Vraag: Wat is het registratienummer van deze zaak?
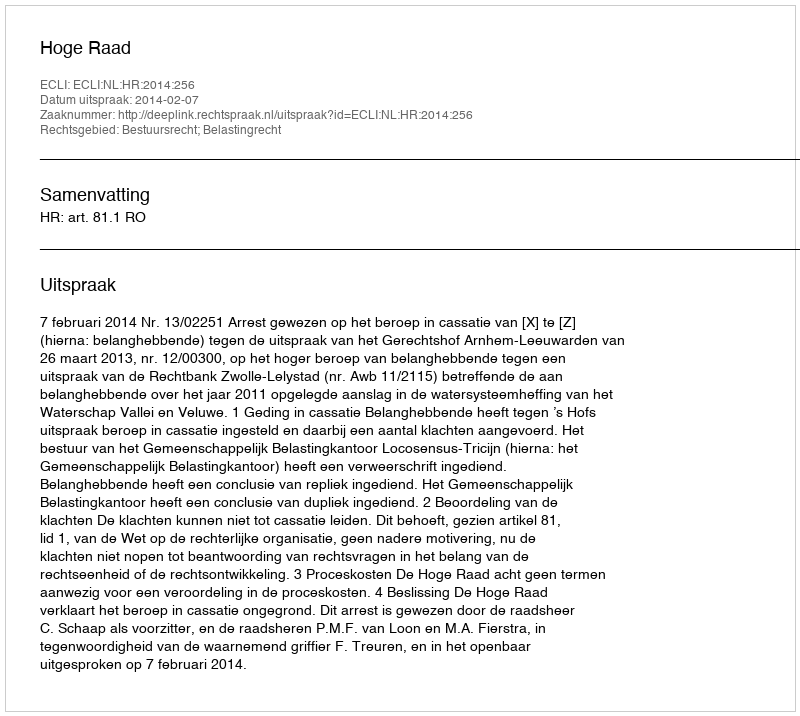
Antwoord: http://deeplink.rechtspraak.nl/uitspraak?id=ECLI:NL:HR:2014:256